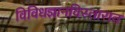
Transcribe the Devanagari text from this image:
विविधज्ञानविस्तारात